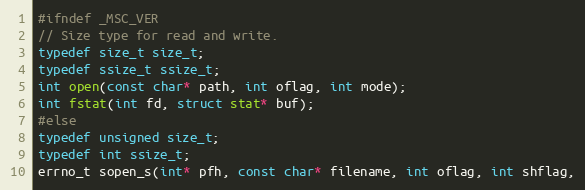
Language: C
#ifndef _MSC_VER
// Size type for read and write.
typedef size_t size_t;
typedef ssize_t ssize_t;
int open(const char* path, int oflag, int mode);
int fstat(int fd, struct stat* buf);
#else
typedef unsigned size_t;
typedef int ssize_t;
errno_t sopen_s(int* pfh, const char* filename, int oflag, int shflag,